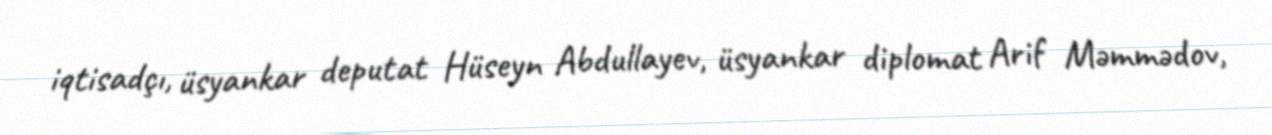
iqtisadçı, üsyankar deputat Hüseyn Abdullayev, üsyankar diplomat Arif Məmmədov,